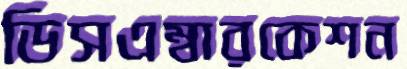
ডিসএম্বারকেশন